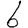
Digit: 6